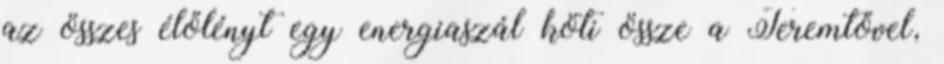
az összes élőlényt egy energiaszál köti össze a Teremtővel,